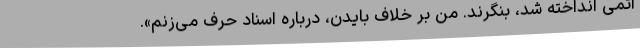
اتمی انداخته شد، بنگرند. من بر خلاف بایدن،‌ درباره اسناد حرف می‌زنم».